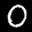
Label: 0